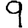
Digit: 9